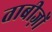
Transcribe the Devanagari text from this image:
ताबीज़ों